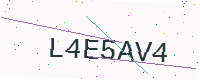
Text: L4E5AV4